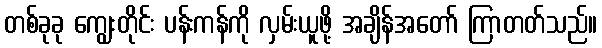
တစ်ခုခု ကျွေးတိုင်း ပန်းကန်ကို လှမ်းယူဖို့ အချိန်အတော် ကြာတတ်သည်။